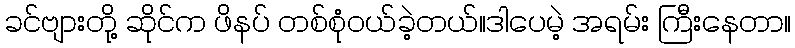
ခင်ဗျားတို့ ဆိုင်က ဖိနပ် တစ်စုံဝယ်ခဲ့တယ်။ဒါပေမဲ့ အရမ်း ကြီးနေတာ။